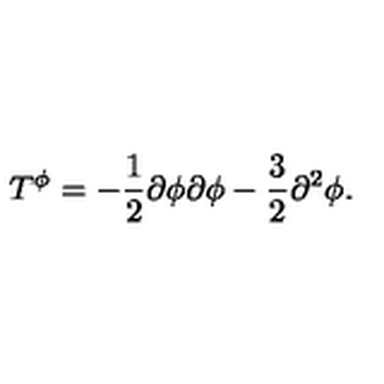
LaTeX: T ^ { \phi } = - \frac { 1 } { 2 } \partial \phi \partial \phi - \frac { 3 } { 2 } \partial ^ { 2 } \phi .